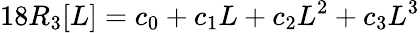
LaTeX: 18R_{3}[L]=c_{0}+c_{1}L+c_{2}L^{2}+c_{3}L^{3}